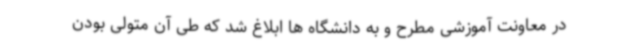
در معاونت آموزشی مطرح و به دانشگاه ها ابلاغ شد که طی آن متولی بودن